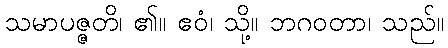
သမာပဇ္ဇတိ၊ ၏။ ဧဝံ၊ သို့။ ဘဂဝတာ၊ သည်။